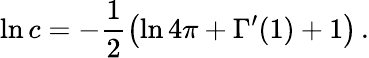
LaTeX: \ln c=-\frac{1}{2}\left(\ln 4\pi+\Gamma^{\prime}(1)+1\right)\, .